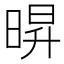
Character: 𭦠